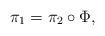
LaTeX: \begin{align*}\pi _{1}=\pi _{2}\circ \Phi , \end{align*}